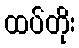
ထပ်တိုး